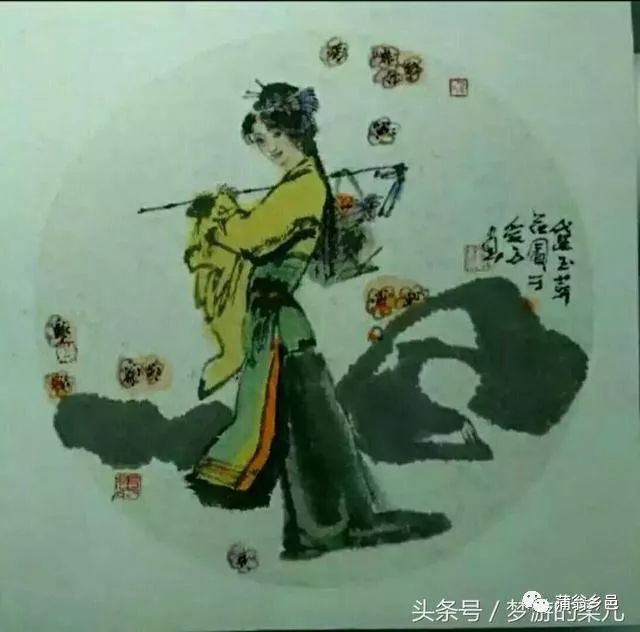
万一禅关砉然破，美人如玉剑如虹。